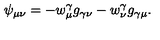
\psi _ { \mu \nu } = - w _ { \mu } ^ { \gamma } g _ { \gamma \nu } - w _ { \nu } ^ { \gamma } g _ { \gamma \mu } .